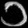
Digit: ၁